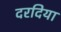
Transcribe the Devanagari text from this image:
दरदिया